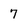
Character: 7